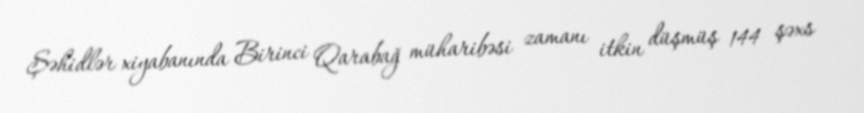
Şəhidlər xiyabanında Birinci Qarabağ müharibəsi zamanı itkin düşmüş 144 şəxs